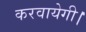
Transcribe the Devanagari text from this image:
करवायेगी।